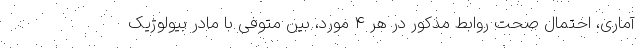
آماری، احتمال صحت روابط مذکور در هر ۴ مورد، بین متوفی با مادر بیولوژیک